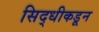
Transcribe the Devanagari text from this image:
सिद्धीकडून